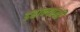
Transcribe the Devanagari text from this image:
डहाक्यांनी